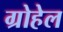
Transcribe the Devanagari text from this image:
ग्रोहेल